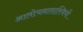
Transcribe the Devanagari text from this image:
आलोचनाशास्त्रियों